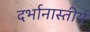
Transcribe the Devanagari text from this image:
दर्भानास्तीर्य